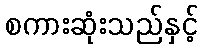
စကားဆုံးသည်နှင့်